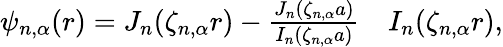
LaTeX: \begin{array}{rl}{\psi_{n,\alpha}(r)=J_{n}(\zeta_{n,\alpha}r)-\frac{J_{n}(\zeta_{n,\alpha}a)}{I_{n}(\zeta_{n,\alpha}a)}}&{{}I_{n}(\zeta_{n,\alpha}r),}\end{array}